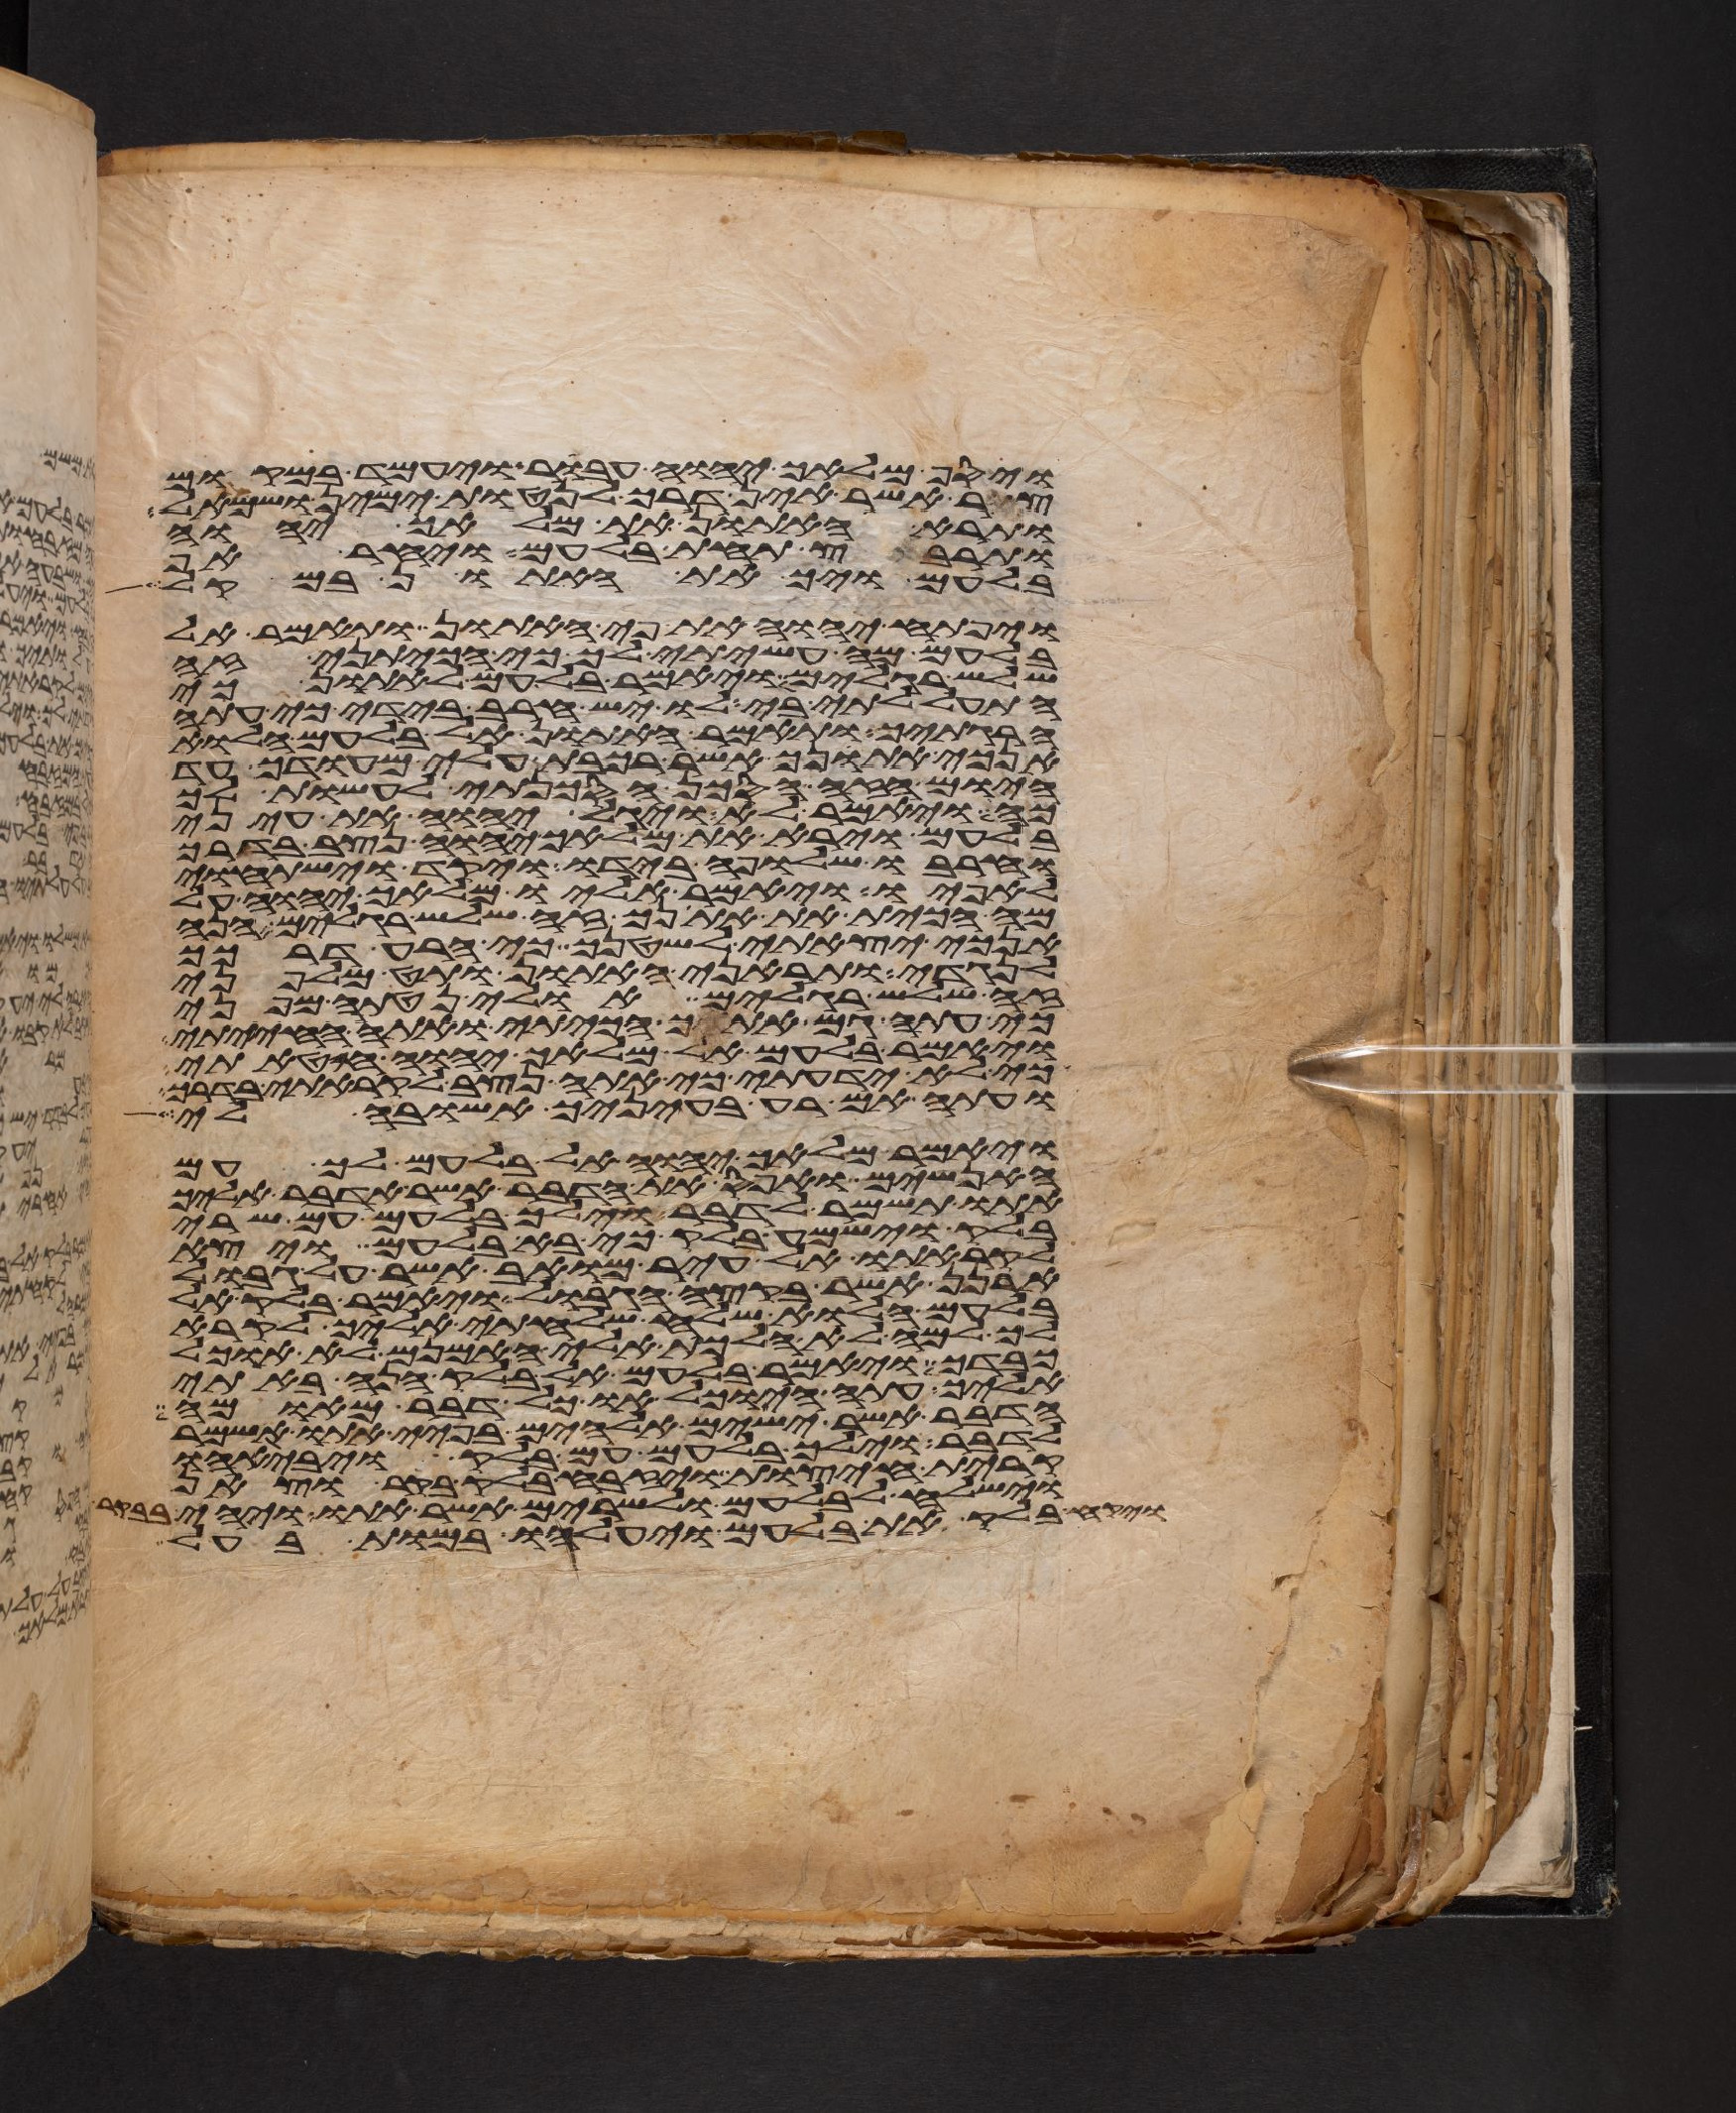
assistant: ויסף מלאך יהוה עבר ויעמד במקום
צר אשר אין דרך לנטות ימין ושמאל
ותרא האתון את מלאך יהוה
ותרבץ תחת בלעם ויחר אף
בלעם ויך את האתון במקל
ויפתח יהוה את פי האתון ותאמר אל
בלעם מה עשיתי לך כי הכיתני זה
שלש רגלים ויאמר בלעם לאתון כי
התעללתי בי לו יש חרב בידי כי עתה
הרגתיך ותאמר האתון אל בלעם הלוא
אנכי אתנך אשר רכבת עלי מהודך עד
היום הזה הסכן הסכנתי לעשות לך
כה ויאמר לא ויגל יהוה את עיני
בלעם וירא את מלאך יהוה נצב בדרך
וחרבו שלופה בידו ויקד וישתחוי
לאפיו ויאמר אליו מלאך יהוה על
מה הכית את אתנך זה שלש רגלים הנה
אנכי יצאתי לשטנך כי הרע דרכך
לנגדי ותראני האתון ותט מלפני
זה שלש רגלים אולי נטתה מפני
כי עתה גם אתך הכיתי ואתה החייתי
ויאמר בלעם אל מלאך יהוה חטאתי
כי לא ידעתי כי אתה נצב לקראתי בדרך
ועתה אם רעה בעיניך אשובה לי
ויאמר מלאך יהוה אל בלעם לך עם
האנשים ואפס את הדבר אשר אדבר אליך
אתו תשמר לדבר וילך בלעם עם שרי
בלק וישמע בלק כי בא בלעם ויצא
לקראתו אל עיר מואב אשר על גבול
ארנן אשר בקצה הגבול ויאמר בלק אל
בלעם הלוא שלח שלחתי אליך לקרא
לך למה לא הלכת אלי האמנם לא אוכל
כבדך ויאמר בלעם אל בלק הנה באתי
אליך עתה היוכל אוכל דבר מאומה
הדבר אשר ישים אלהים בפיי אתו אשמר
לדבר וילך בלעם עם בלק ויבאהו
קרית חיצות ויזבח בלק בקר וצאן
וישלח לבלעם ולשרים אשר אתו ויהי
בלק את בלעם ויעלהו במות בעל